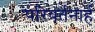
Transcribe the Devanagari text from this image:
परिवर्तनार्ह